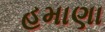
હમાણા